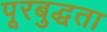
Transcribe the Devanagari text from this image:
पूरबुद्धता